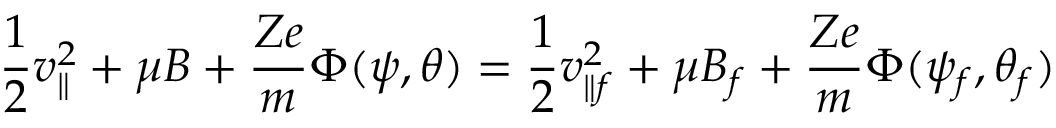
\frac { 1 } { 2 } v _ { \parallel } ^ { 2 } + \mu B + \frac { Z e } { m } \Phi ( \psi , \theta ) = \frac { 1 } { 2 } v _ { \parallel f } ^ { 2 } + \mu B _ { f } + \frac { Z e } { m } \Phi ( \psi _ { f } , \theta _ { f } )